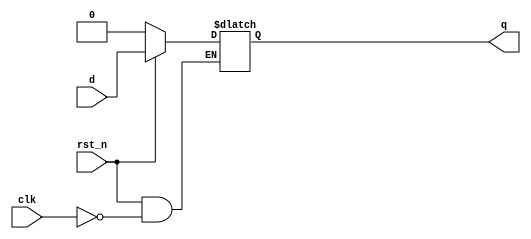
// ---------------------------------------------------------
// Latch & DFF Design
// lecture: practice in digital logic design
// week3 practice P2
// --------------------- list ---------------------
// P2A : D Latch w/ reset
// P2B : D Flip-Flop (DFF) w/ Async & Sync. Reset
// ---------------------------------------------------------

// ------------------------------------------------
// P2A : D Latch w/ reset
// ------------------------------------------------
module d_latch	(	q, d, clk, rst_n	);

output	q	;
input	d	;
input	clk	;
input	rst_n	;

reg	q	;

always	@(d or clk or rst_n) begin
	if (rst_n == 1'b0) begin
		q <= 1'b0;
	end else begin
		if (clk == 1'b1) begin
			q <= d;
		end
	end
end
endmodule

// ------------------------------------------------
// P2B : D Flip-Flop (DFF) w/ Async & Sync. Reset
// ------------------------------------------------
module dff_asyn	(	q, d, clk, rst_n	);

output	q	;
input	d	;
input	clk	;
input	rst_n	;

reg	q	;

always	@(posedge clk or negedge rst_n) begin
	if (rst_n == 1'b0) begin
		q <= 1'b0;
	end else begin
		q <= d;
	end
end
endmodule

module dff_syn (	q, d, clk, rst_n	);

output	q	;
input	d	;
input	clk	;
input	rst_n	;

reg	q	;

always	@(posedge clk) begin
	if (rst_n == 1'b0) begin
		q <= 1'b0;
	end else begin
		q <= d;
	end
end
endmodule